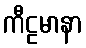
ကီဠမာနာ